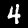
Label: 4